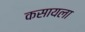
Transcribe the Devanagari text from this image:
कसायला